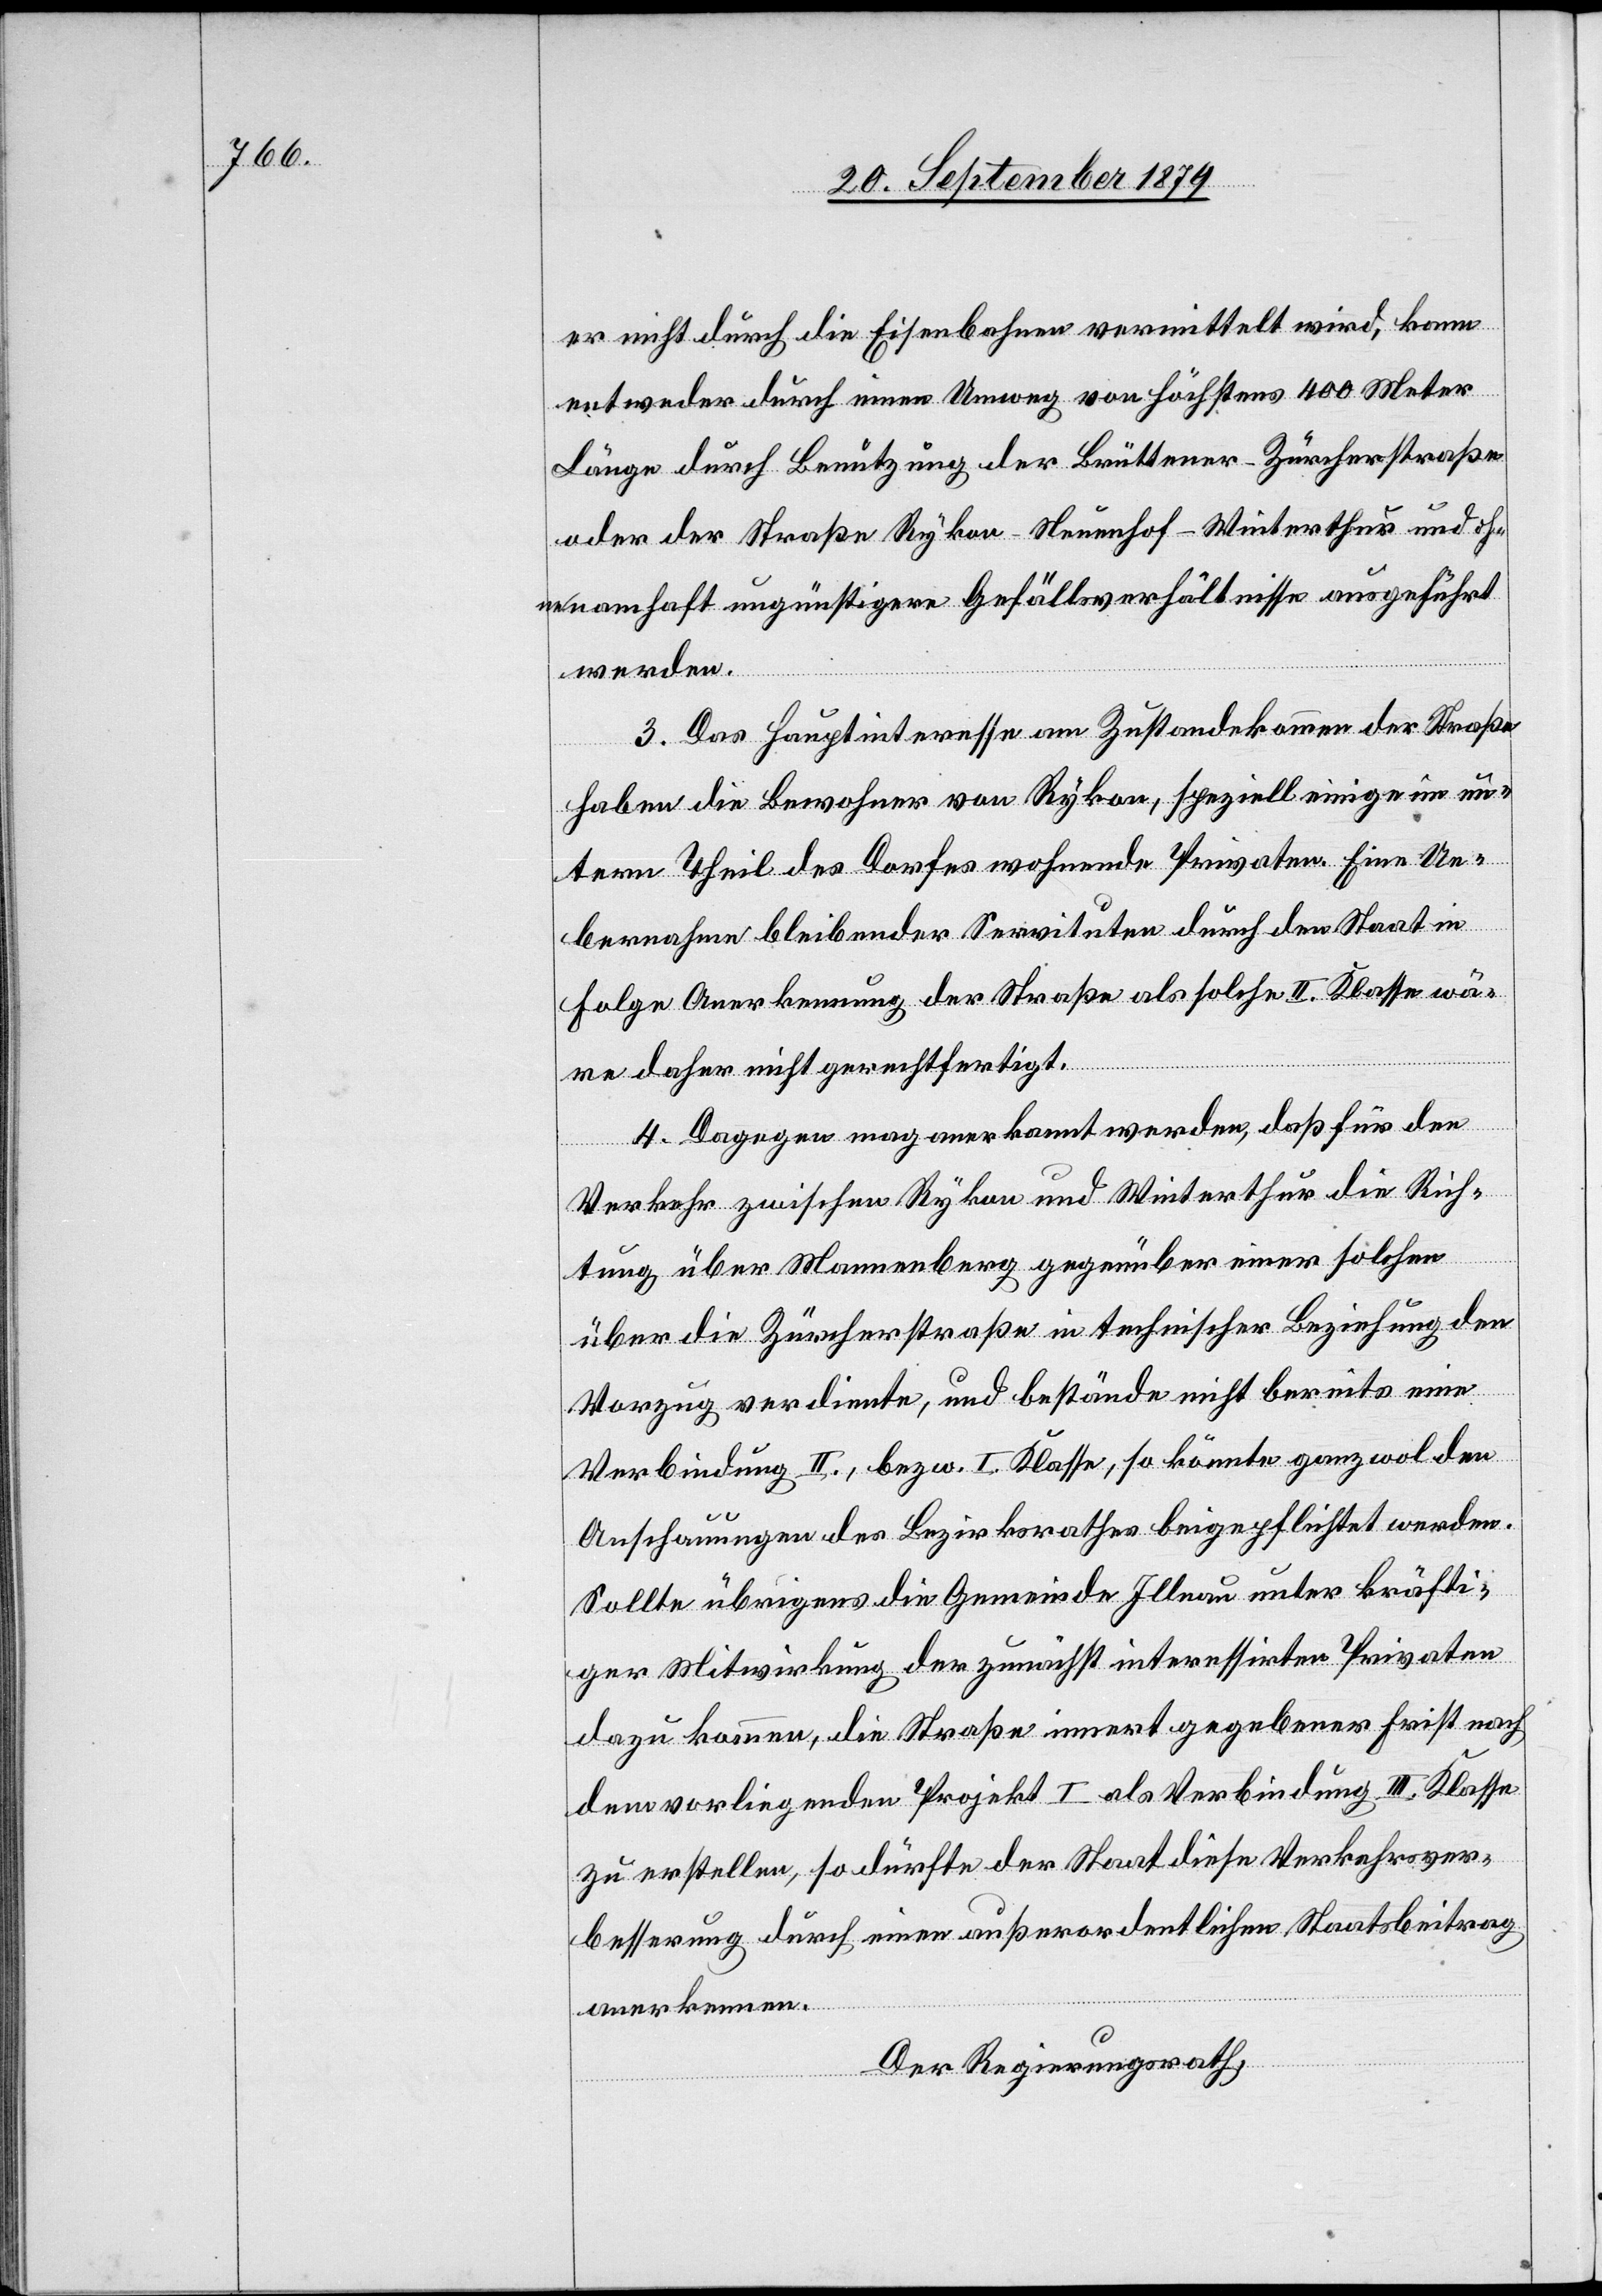
er nicht durch die Eisenbahnen vermittelt wird, kann
entweder durch einen Umweg von höchstens 400 Meter
Länge durch Benützung der Brüttener–Zürcherstraße
oder der Straße Rykon–Neuenhof–Winterthur und ohne
namhaft ungünstigere Gefällsverhältnisse ausgeführt
werden.
3. Das Hauptinteresse am Zustandekommen der Straße
haben die Bewohner von Rykon, speziell einige im un¬
tern Theil des Dorfes wohnende Privaten. Eine Ue¬
bernahme bleibender Servituten durch den Staat in
Folge Anerkennung der Straße als solche II. Klasse wä¬
re daher nicht gerechtfertigt.
4. Dagegen mag anerkannt werden, daß für den
Verkehr zwischen Rykon und Winterthur die Rich¬
tung über Mannenberg gegenüber einer solchen
über die Zürcherstraße in technischer Beziehung en
Vorzug verdiente, und bestände nicht bereits eine
Verbindung II., bezw. I. Klasse, so könnte ganzwol den
Anschauungen des Bezirksrathes beigepflichtet werden.
Sollte übrigens die Gemeinde Illnau unter kräfti¬
ger Mitwirkung der zunächst interessirten Privaten
dazu kommen, die Straße innert gegebener Frist nach
dem vorliegenden Projekt I als Verbindung III. Klasse
zu erstellen, so dürfte der Staat diese Verkehrsver¬
besserung durch einen außerordentlichen Staatsbeitrag
anerkennen.
Der Regierungsrath,